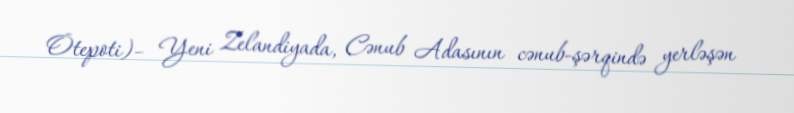
Ōtepoti)– Yeni Zelandiyada, Cənub Adasının cənub-şərqində yerləşən